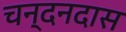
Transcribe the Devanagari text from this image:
चन्दनदास